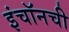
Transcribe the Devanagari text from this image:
इंचॉनची